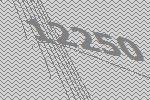
12250